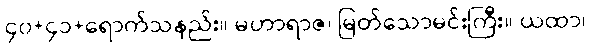
၄၀+၄၁+ရောက်သနည်း။ မဟာရာဇ၊ မြတ်သောမင်းကြီး။ ယထာ၊